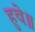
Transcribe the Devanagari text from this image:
हुवे॥